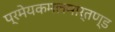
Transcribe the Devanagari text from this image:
प्रमेयकमलमार्तण्ड